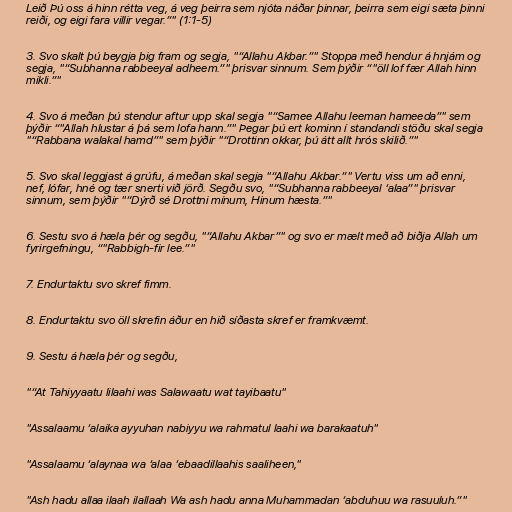
Leið Þú oss á hinn rétta veg, á veg þeirra sem njóta náðar þinnar, þeirra sem eigi sæta þinni
reiði, og eigi fara villir vegar.”" (1:1-5)

3. Svo skalt þú beygja þig fram og segja, "“Allahu Akbar.”" Stoppa með hendur á hnjám og
segja, "“Subhanna rabbeeyal adheem.”" þrisvar sinnum. Sem þýðir “"öll lof fær Allah hinn
mikli.”"

4. Svo á meðan þú stendur aftur upp skal segja "“Samee Allahu leeman hameeda”" sem
þýðir “"Allah hlustar á þá sem lofa hann.”" Þegar þú ert kominn í standandi stöðu skal segja
"“Rabbana walakal hamd”" sem þýðir "“Drottinn okkar, þú átt allt hrós skilið.”"

5. Svo skal leggjast á grúfu, á meðan skal segja "“Allahu Akbar.”" Vertu viss um að enni,
nef, lófar, hné og tær snerti við jörð. Segðu svo, "“Subhanna rabbeeyal ‘alaa”" þrisvar
sinnum, sem þýðir "“Dýrð sé Drottni mínum, Hinum hæsta.”"

6. Sestu svo á hæla þér og segðu, "“Allahu Akbar”" og svo er mælt með að biðja Allah um
fyrirgefningu, “"Rabbigh-fir lee.”"

7. Endurtaktu svo skref fimm.

8. Endurtaktu svo öll skrefin áður en hið síðasta skref er framkvæmt.

9. Sestu á hæla þér og segðu,

"“At Tahiyyaatu lilaahi was Salawaatu wat tayibaatu"

"Assalaamu ‘alaika ayyuhan nabiyyu wa rahmatul laahi wa barakaatuh"

"Assalaamu ‘alaynaa wa ‘alaa ‘ebaadillaahis saaliheen,"

"Ash hadu allaa ilaah ilallaah Wa ash hadu anna Muhammadan ‘abduhuu wa rasuuluh.”"